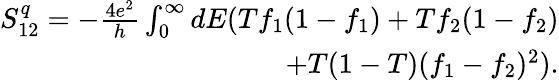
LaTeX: \begin{array}{r}{{S_{12}^{q}=-\frac{4e^{2}}{h}\int_{0}^{\infty}dE(Tf_{1}(1-f_{1})+Tf_{2}(1-f_{2})}}\\ {{+T(1-T)(f_{1}-f_{2})^{2})}.}\end{array}